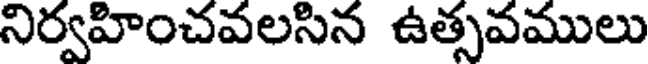
నిర్వహించవలసిన ఉత్సవములు